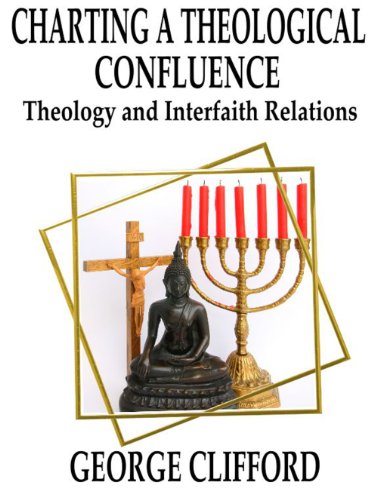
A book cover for Charting a Theological Confluence: Theology and Interfaith Relations; George Clifford; Christian Books & Bibles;